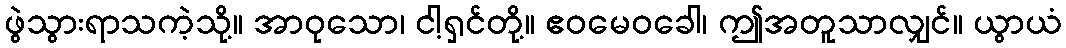
ဖွဲသွားရာသကဲ့သို့။ အာဝုသော၊ ငါ့ရှင်တို့။ ဧဝမေဝခေါ၊ ဤအတူသာလျှင်။ ယွာယံ